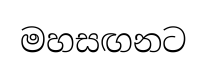
මහසඟනට